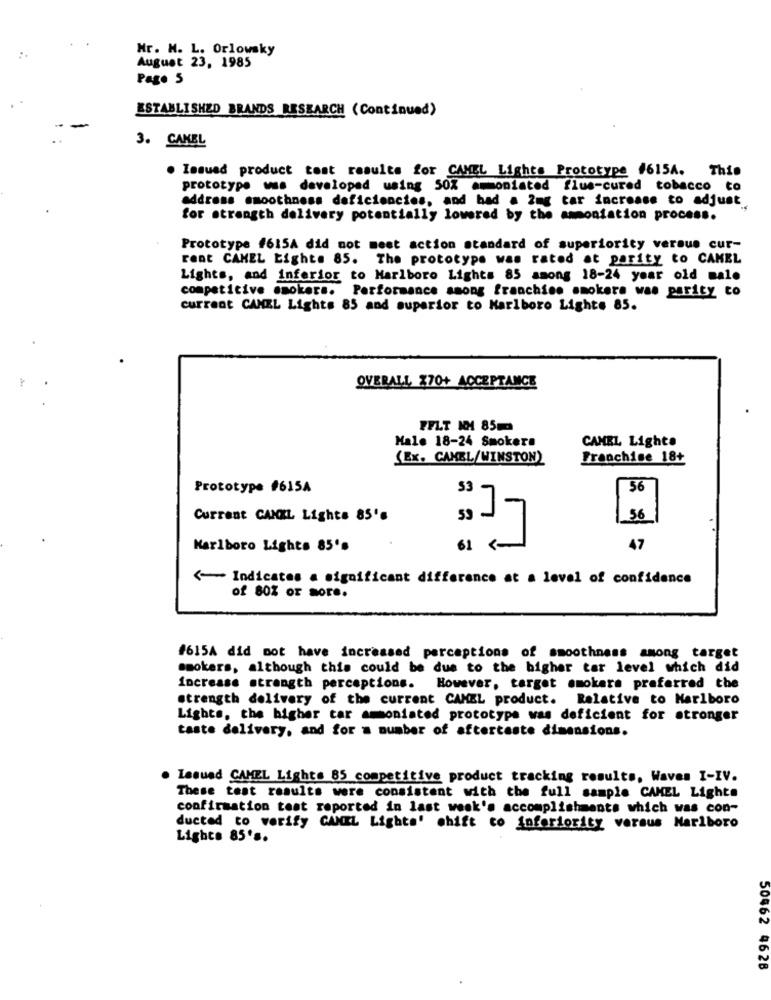
Hr. N. L. Orlowsky
August 23, 1985
Pago 5
ESTABLISHED BRANDS RESEARCH (Continued)
3. CAKEL
. Issued product test results for CAMEL Lights Prototype #6154.
This
prototype was developed using 50% amoniated flus-cured tobacco to
address smoothness deficiencies, and had a 2mg tar increase to adjust
for strength delivery potentially lowered by the ammoniation process.
Prototype #615A did not meet action standard of superiority versus cur-
rent CAMEL Light. 85. The prototype was rated at parity to CAMEL
Lights, and inferior to Marlboro Lights 85 among 18-24 year old mal.
competitive smokers. Performance ssong franchise smokers was parity co
current CANEL Lights 85 and superior to Marlboro Light# 85.
OVERALL X70+ ACCEPTANCE
FFLT NH 85m
Male 18-24 Smokera
CAMEL Lights
(Ex. CAMBL/WINSTON)
Franchise 18+
Prototype #615A
53
56
5.6
Current CANKL Lights 85's
M
Marlboro Lights 85's
61
47
<- Indicates a significant difference at a level of confidence
of 80% or more.
#615A did not have increased perceptions of smoothness among target
smokers, although this could be due to the bigher tar level which did
increase strength perceptions. However, target smokera preferred the
strength delivery of the current CAMEL product. Relative to Marlboro
Lights, the higher tar amoniated prototype was deficient for stronger
taste delivery, and for a number of aftertaste dimensions.
Lequed CAMEL Lighte 85 competitive product tracking results, Waves I-IV.
These test results were consistent with the full sample CAMEL Lights
confirmation teat reported in last week's accomplishments which was con-
ducted to verify CANIL Lights' shift to Inferiority versus Marlboro
Lights 85's.
50462 4628